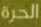
الحرة